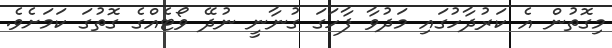
މިގޮތުން އެ ކަރުދާހުގައި މަދުވާ ފާހަގަ ގުނާނީ ނުދޭ ވޯޓެއްގެ ގޮތުގަ ކަމަށެވެ.